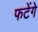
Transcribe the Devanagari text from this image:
फटेंगे